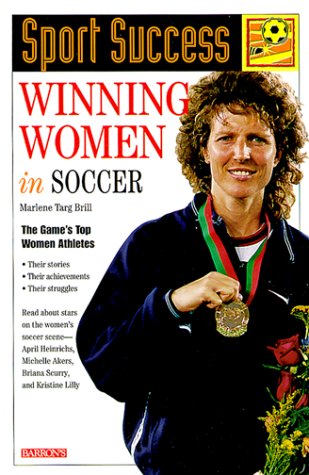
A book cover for Winning Women in Soccer (Sport Success); Marlene Targ Brill; Children's Books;